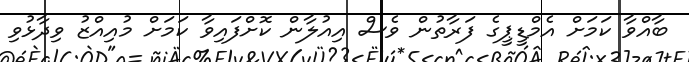
ބާއްވާ ކަމަށް އެމްޑީޕީގެ ފަރާތުން ވެސް އިއުލާން ކޮށްފައިވާ ކަމަށް މުއިއްޒު ވިދާޅުވި